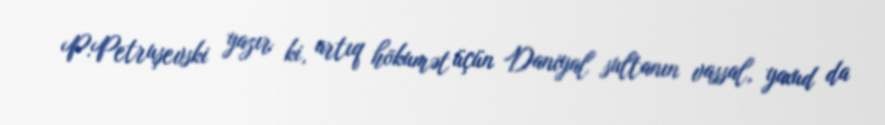
P.Petruşevski yazır ki, artıq hökumət üçün Daniyal sultanın vassal, yaxud da